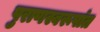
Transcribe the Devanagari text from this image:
पुराणस्वरूपांत